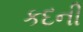
કદની